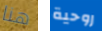
هنا روحية